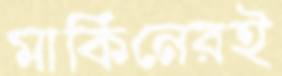
মার্কিনেরই